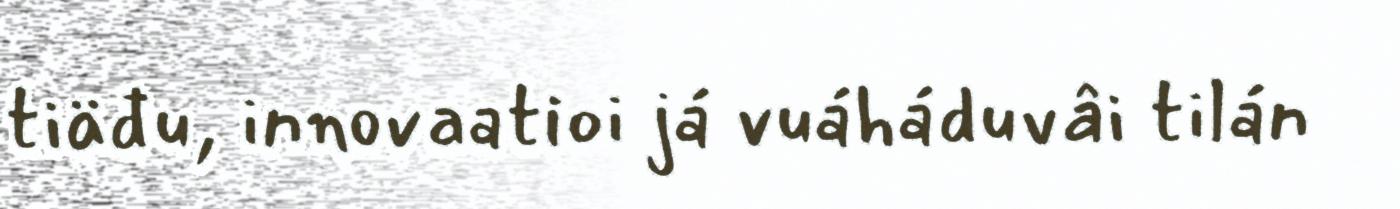
tiäđu, innovaatioi já vuáháduvâi tilán